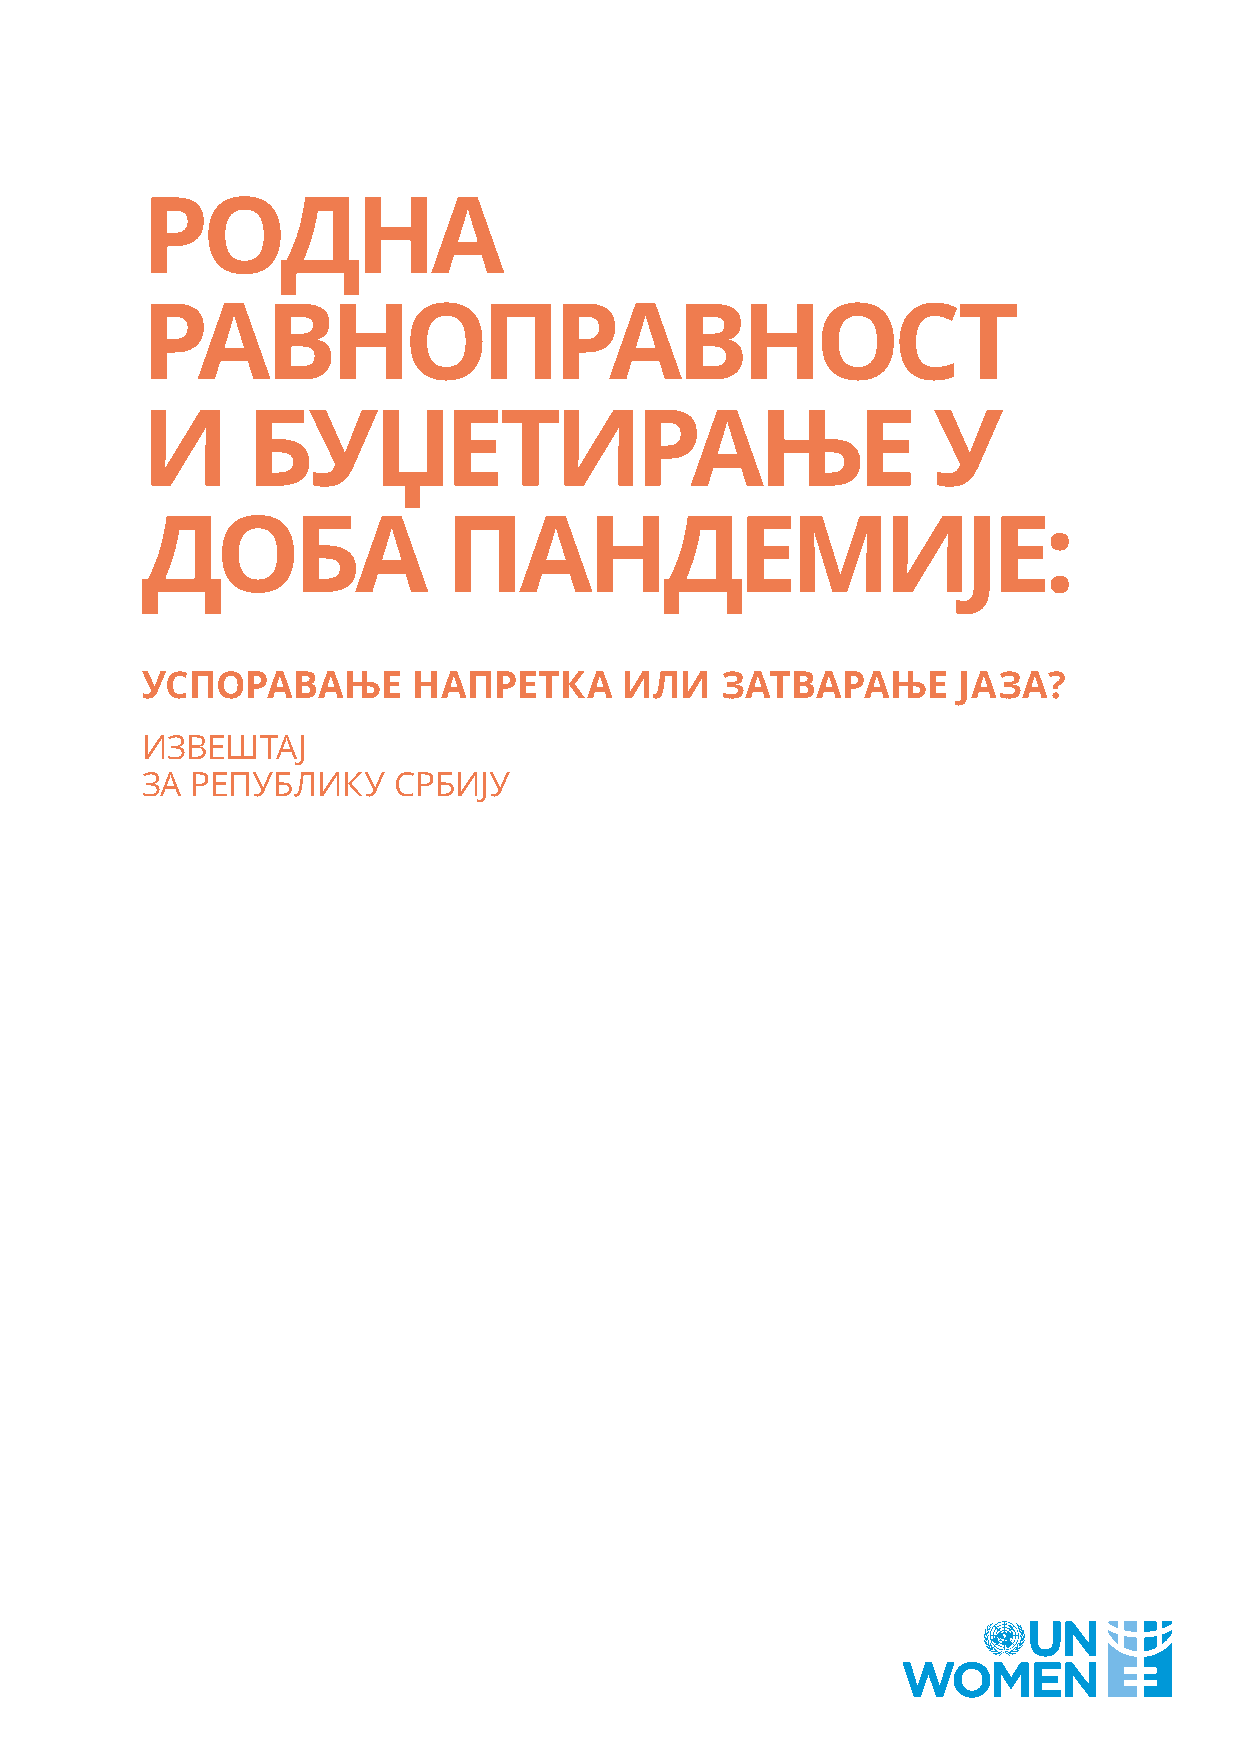
РОДНА
 РАВНОПРАВНОСТ
 И      БУЏЕТИРАЊЕ                                    У
 ДОБА                ПАНДЕМИЈЕ:
 УСПОРАВАЊЕ        НАПРЕТКА      ИЛИ    ЗАТВАРАЊЕ      ЈАЗА?
 ИЗВЕШТАЈ
 ЗА  РЕПУБЛИКУ    СРБИЈУ